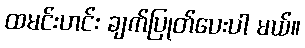
ထမင်းဟင်း ချက်ပြုတ်ပေးပါ မယ်။